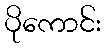
ပိုကောင်း